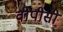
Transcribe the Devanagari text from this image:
वीपीसी